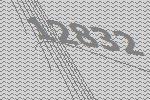
12832